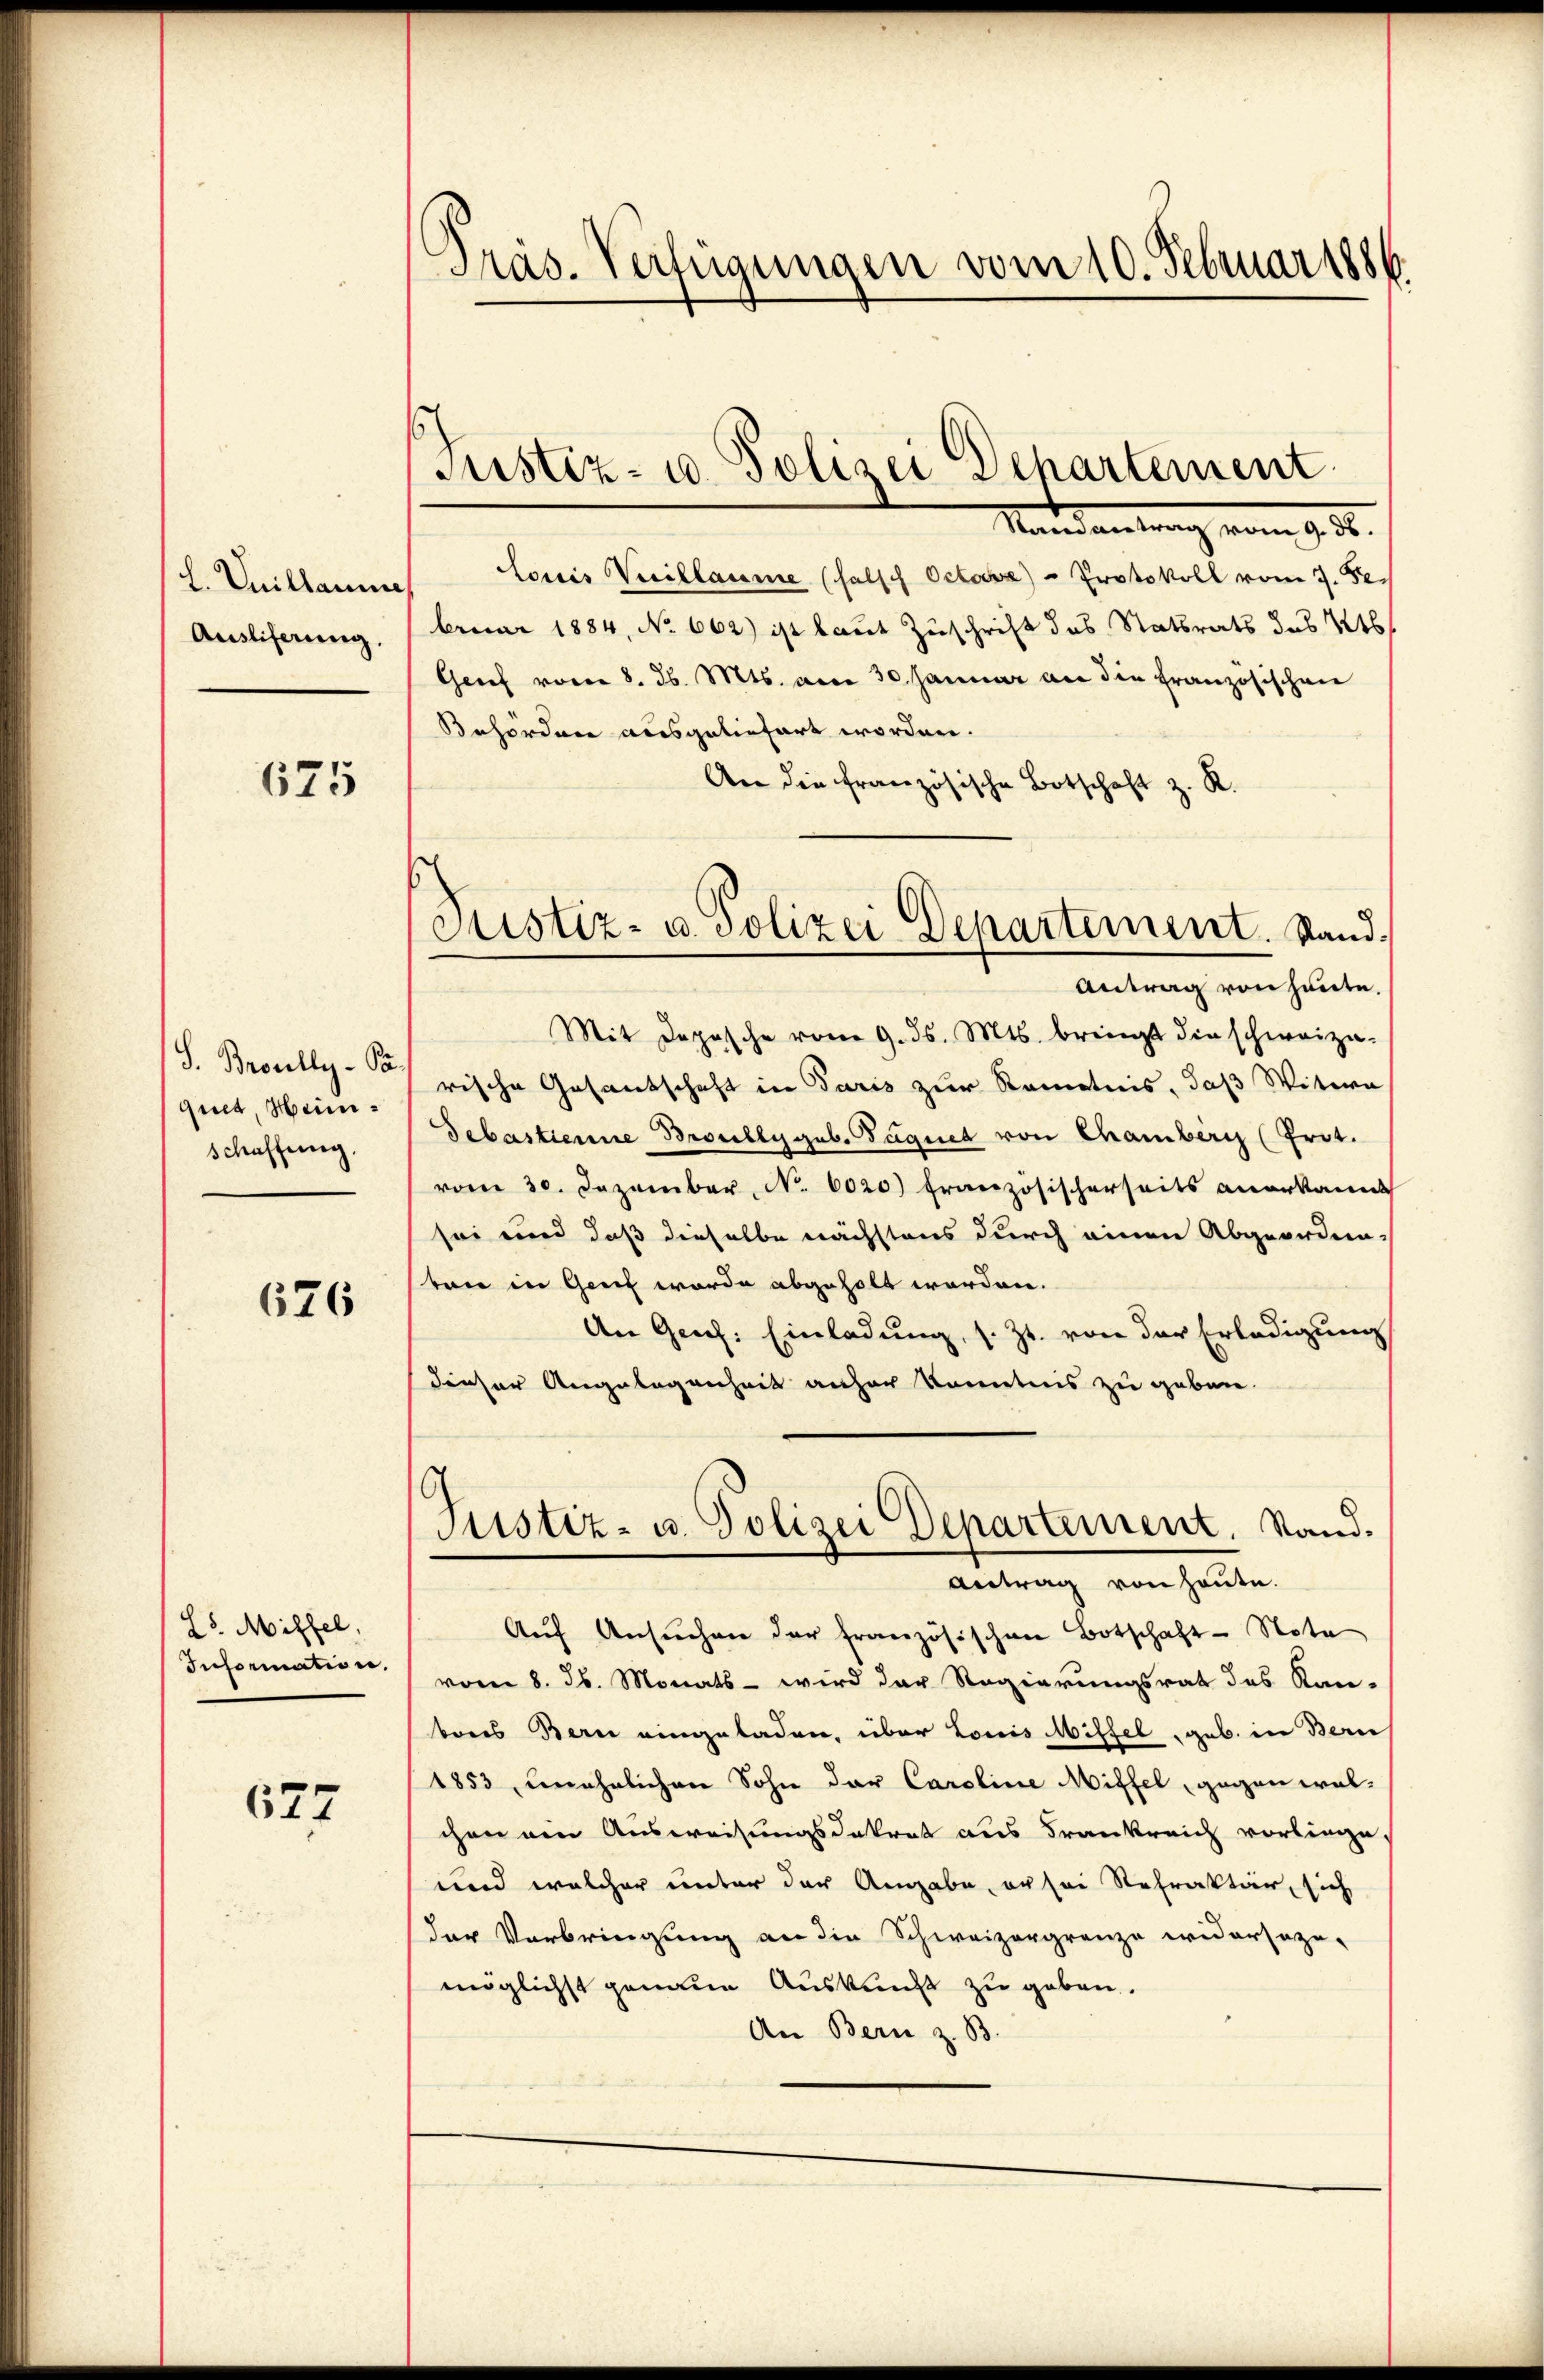
L. Quillamme
Ausliferung,

675

S. Broully-Paquet, Heinschaffung.

676

25. Misfel.
Information.

677

Präs. Verfügungen vom 10. Februar 1886.

Justiz- u. Polizei Departement

Mandantrag vom 9.3.
Louis Verillaume (falsch Octobe) - Protokoll vom 7. Se
bruar 1884, No 662) ist laut Zuschrift das Statsrats das 2t
Genf vom 8. d. Mts. am 30. Januar an die französischen
Behördere ausgeliefert worden.
An die französische Botschaft z. R.
Antrag von heute.
Mit Depesche vom 9. ds. Mts. bringt die schweize-
rische Gesantschaft in Paris zur Kenntnis, daß Witwe
Sebastienne Broully geb. Paquet von Chamberg (Prot.
vom 30. Dezember, No. 6020) Französischerseits anerkannt
sei und daß dieselbe nächstens durch einen Abgeordnevon in Genf worde abgeholt worden.
An Geech: Einladung, s. Zt. von der Erledigung
dieser Angelegenheit anher konntnis zu geben.
.
Justiz- u. Polizei Departement. Stand.
Antrag von heute.
Aŭf Ansŭchen der französischen Botschaft - Nota
vom 8. Jb. Monats - wird der Regierungsrat des Kan-
bones Bern eingeladen, über Louis Mittel geb. in Bern
1853, unehrlichen Sohn der Caroline Miffel, gegen walchen ein Ausweisungsdekret aus Frankreich vorliege,
und welcher unter der Angabe, er sei Refraktär, sich
der Verbringung an die Schweizergrenze widersezu-
möglichst genaue Auskunft zu geben.
An Bern z. B.

Justiz- u. Polizei Departement. Stand.